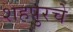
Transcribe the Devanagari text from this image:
शहपुरचे